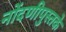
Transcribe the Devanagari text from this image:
नोंदणीपुस्तके